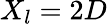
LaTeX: X_{l}=2D